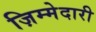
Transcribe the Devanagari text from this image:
ज़िम्मेदारी